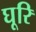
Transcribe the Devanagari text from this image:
घूरि